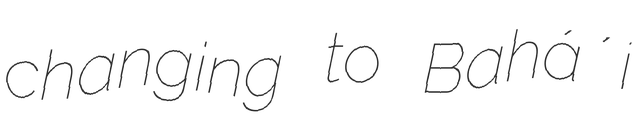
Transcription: changing to Baháʼí